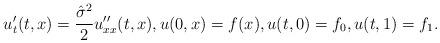
LaTeX: \begin{align*}u'_t(t,x) = \frac{\hat \sigma^2}2 u''_{xx} (t,x), u(0,x) = f(x),u(t,0) = f_0, u(t,1)=f_1. \end{align*}